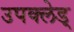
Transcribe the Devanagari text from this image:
उपक्लेड्